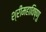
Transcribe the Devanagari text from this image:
श्रीमहाविष्णु